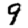
Digit: 9